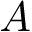
A